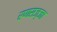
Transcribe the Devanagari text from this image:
रणसज्जा